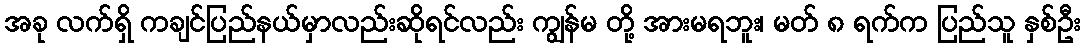
အခု လက်ရှိ ကချင်ပြည်နယ်မှာလည်းဆိုရင်လည်း ကျွန်မ တို့ အားမရဘူး၊ မတ် ၈ ရက်က ပြည်သူ နှစ်ဦး